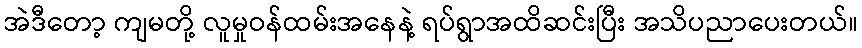
အဲဒီတော့ ကျမတို့ လူမှုဝန်ထမ်းအနေနဲ့ ရပ်ရွာအထိဆင်းပြီး အသိပညာပေးတယ်။